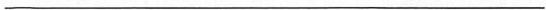
___